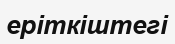
еріткіштегі